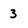
Character: 3